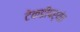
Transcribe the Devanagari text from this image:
टेकडीपर्यंत